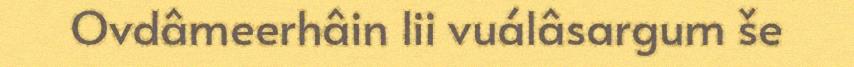
Ovdâmeerhâin lii vuálâsargum še